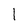
Character: I